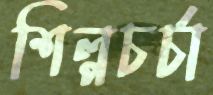
শিল্পচর্চা